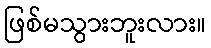
ဖြစ်မသွားဘူးလား။